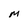
Character: M